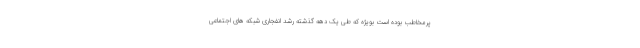
پرمخاطب بوده است بویژه که طی یک دهه گذشته رشد انفجاری شبکه های اجتماعی